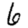
Digit: 6